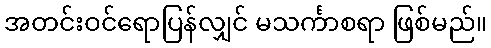
အတင်းဝင်ရောပြန်လျှင် မသင်္ကာစရာ ဖြစ်မည်။